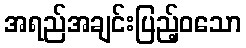
အရည်အချင်းပြည့်ဝသော